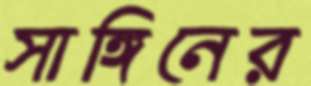
সাঙ্গিনের